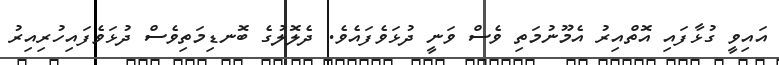
އައިވީ ގުޅާފައި އޮތްއިރު އެމޫނުމަތި ވެސް ވަނީ ދުޅަވެފައެވެ. ދެލޮލުގެ ބޮނޑިމަތިވެސް ދުޅަވެފައިހުރިއިރު